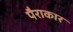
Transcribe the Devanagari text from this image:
पैराकार